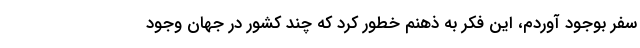
سفر بوجود آوردم، این فکر به ذهنم خطور کرد که چند کشور در جهان وجود